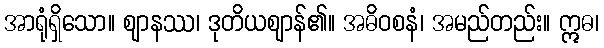
အာရုံရှိသော။ ဈာနဿ၊ ဒုတိယဈာန်၏။ အဓိဝစနံ၊ အမည်တည်း။ ဣဓ၊